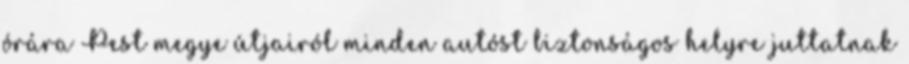
órára Pest megye útjairól minden autóst biztonságos helyre juttatnak